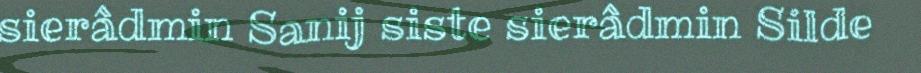
sierâdmin Sanij siste sierâdmin Silde